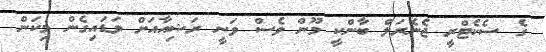
ގެ ސެކެޓްރީ ޖެނެރަލް ބާންކީ މޫން ވެސް ވަނީ ރަޝިއާއަށް ވަޑައިގެން މިކަން